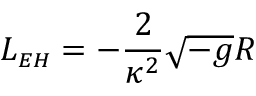
L _ { { \scriptscriptstyle E H } } = - \frac { 2 } { \kappa ^ { 2 } } \sqrt { - g } R